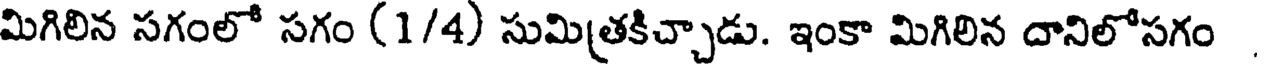
మిగిలిన సగంలో సగం (1/4) సుమిత్రకిచ్చాడు. ఇంకా మిగిలిన దానిలోసగం